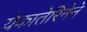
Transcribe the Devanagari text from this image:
येकातेरिनेने